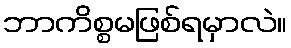
ဘာကိစ္စမဖြစ်ရမှာလဲ။